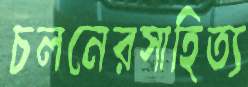
চলনেরসাহিত্য